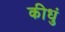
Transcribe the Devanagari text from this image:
कीधुं